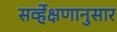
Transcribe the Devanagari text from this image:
सर्व्हेक्षणानुसार